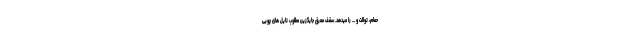
حمام، توالت و ... را میدهد. سقف معرق جایگزین مطلوب تایل های چوبی